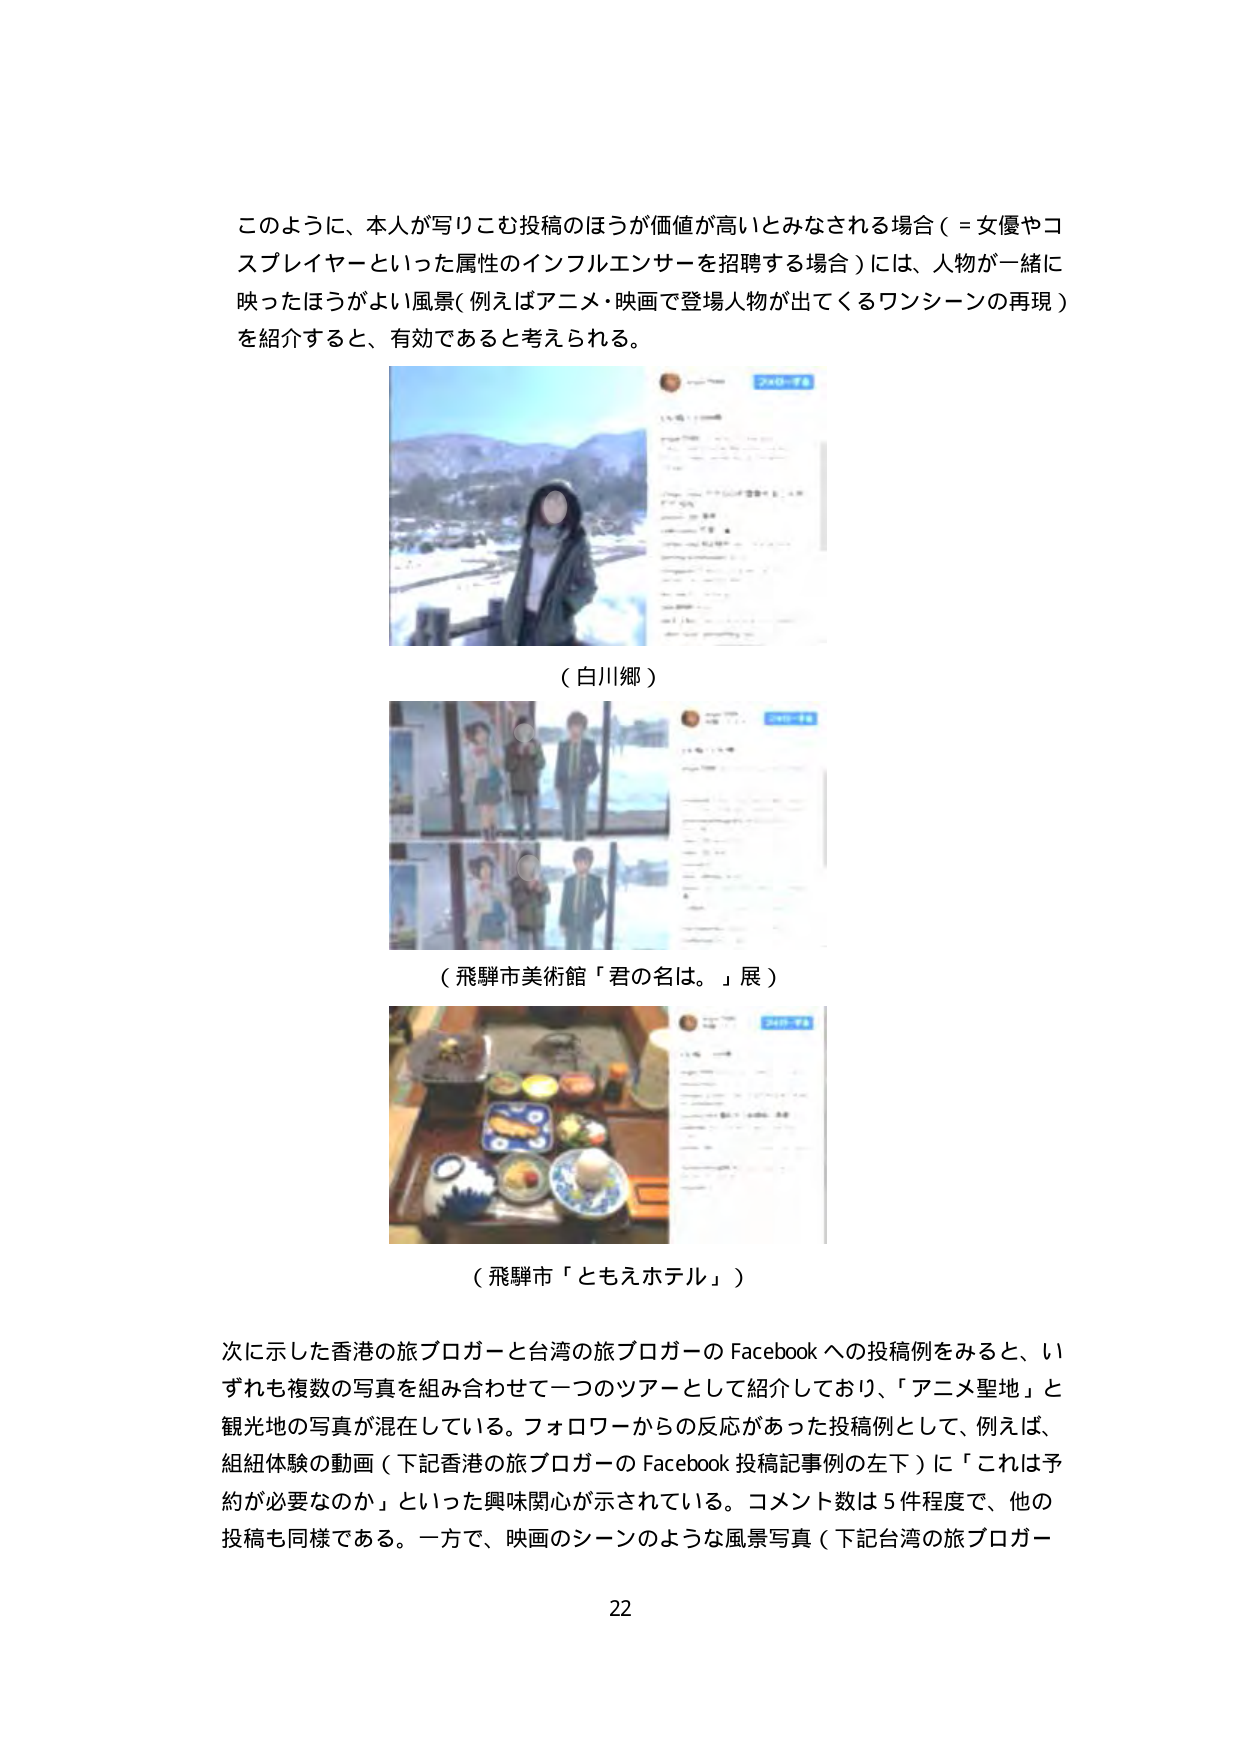
このように、本人が写りこむ投稿のほうが価値が高いとみなされる場合（＝女優やコスプレイヤーといった属性のインフルエンサーを招聘する場合）には、人物が一緒に映ったほうがよい風景（例えばアニメ・映画で登場人物が出てくるワンシーンの再現）を紹介すると、有効であると考えられる。

（白川郷）

（飛騨市美術館「君の名は。」展）

（飛騨市「ともえホテル」）

次に示した香港の旅ブロガーと台湾の旅ブロガーの Facebook への投稿例をみると、いずれも複数の写真を組み合わせて一つのツアーとして紹介しており、「アニメ聖地」と観光地の写真が混在している。フォロワーからの反応があった投稿例として、例えば、組紐体験の動画（下記香港の旅ブロガーの Facebook 投稿記事例の左下）に「これは予約が必要なのか」といった興味関心が示されている。コメント数は5件程度で、他の投稿も同様である。一方で、映画のシーンのような風景写真（下記台湾の旅ブロガー

22